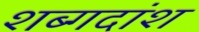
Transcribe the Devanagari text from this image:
शब्गदांश